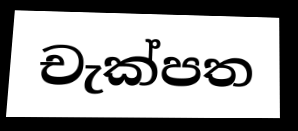
චැක්පත